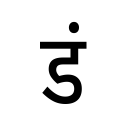
OCR:
डं